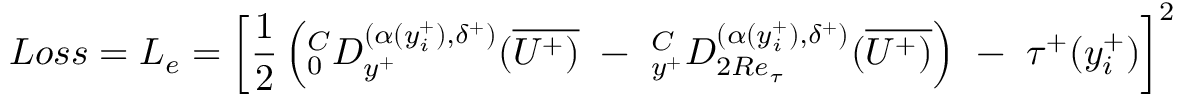
L o s s = L _ { e } = \left[ { \frac { 1 } { 2 } } \left( ^ C _ { 0 } D _ { y ^ { + } } ^ { ( \alpha ( y _ { i } ^ { + } ) , \delta ^ { + } ) } ( \overline { { U ^ { + } ) } } ~ - ~ _ { y ^ { + } } ^ { C } D _ { 2 R e _ { \tau } } ^ { ( { \alpha ( y _ { i } ^ { + } ) } , \delta ^ { + } ) } ( \overline { { U ^ { + } ) } } \right) ~ - ~ \tau ^ { + } ( y _ { i } ^ { + } ) \right] ^ { 2 }